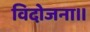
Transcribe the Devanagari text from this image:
विदोजना॥